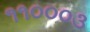
૧૧૦૦૦૩